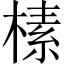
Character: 榡